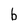
Character: b